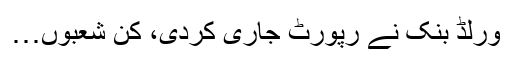
ورلڈ بنک نے رپورٹ جاری کردی، کن شعبوں…